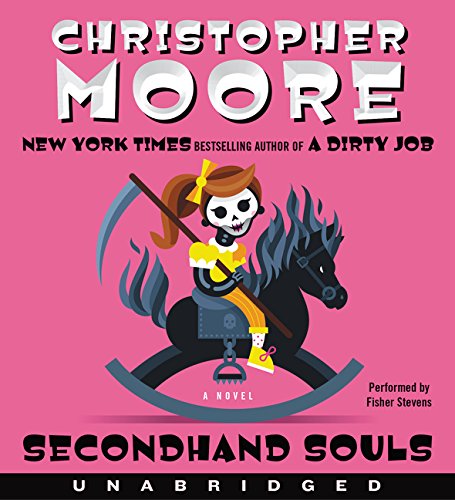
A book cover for Secondhand Souls CD: A Novel; Christopher Moore; Science Fiction & Fantasy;